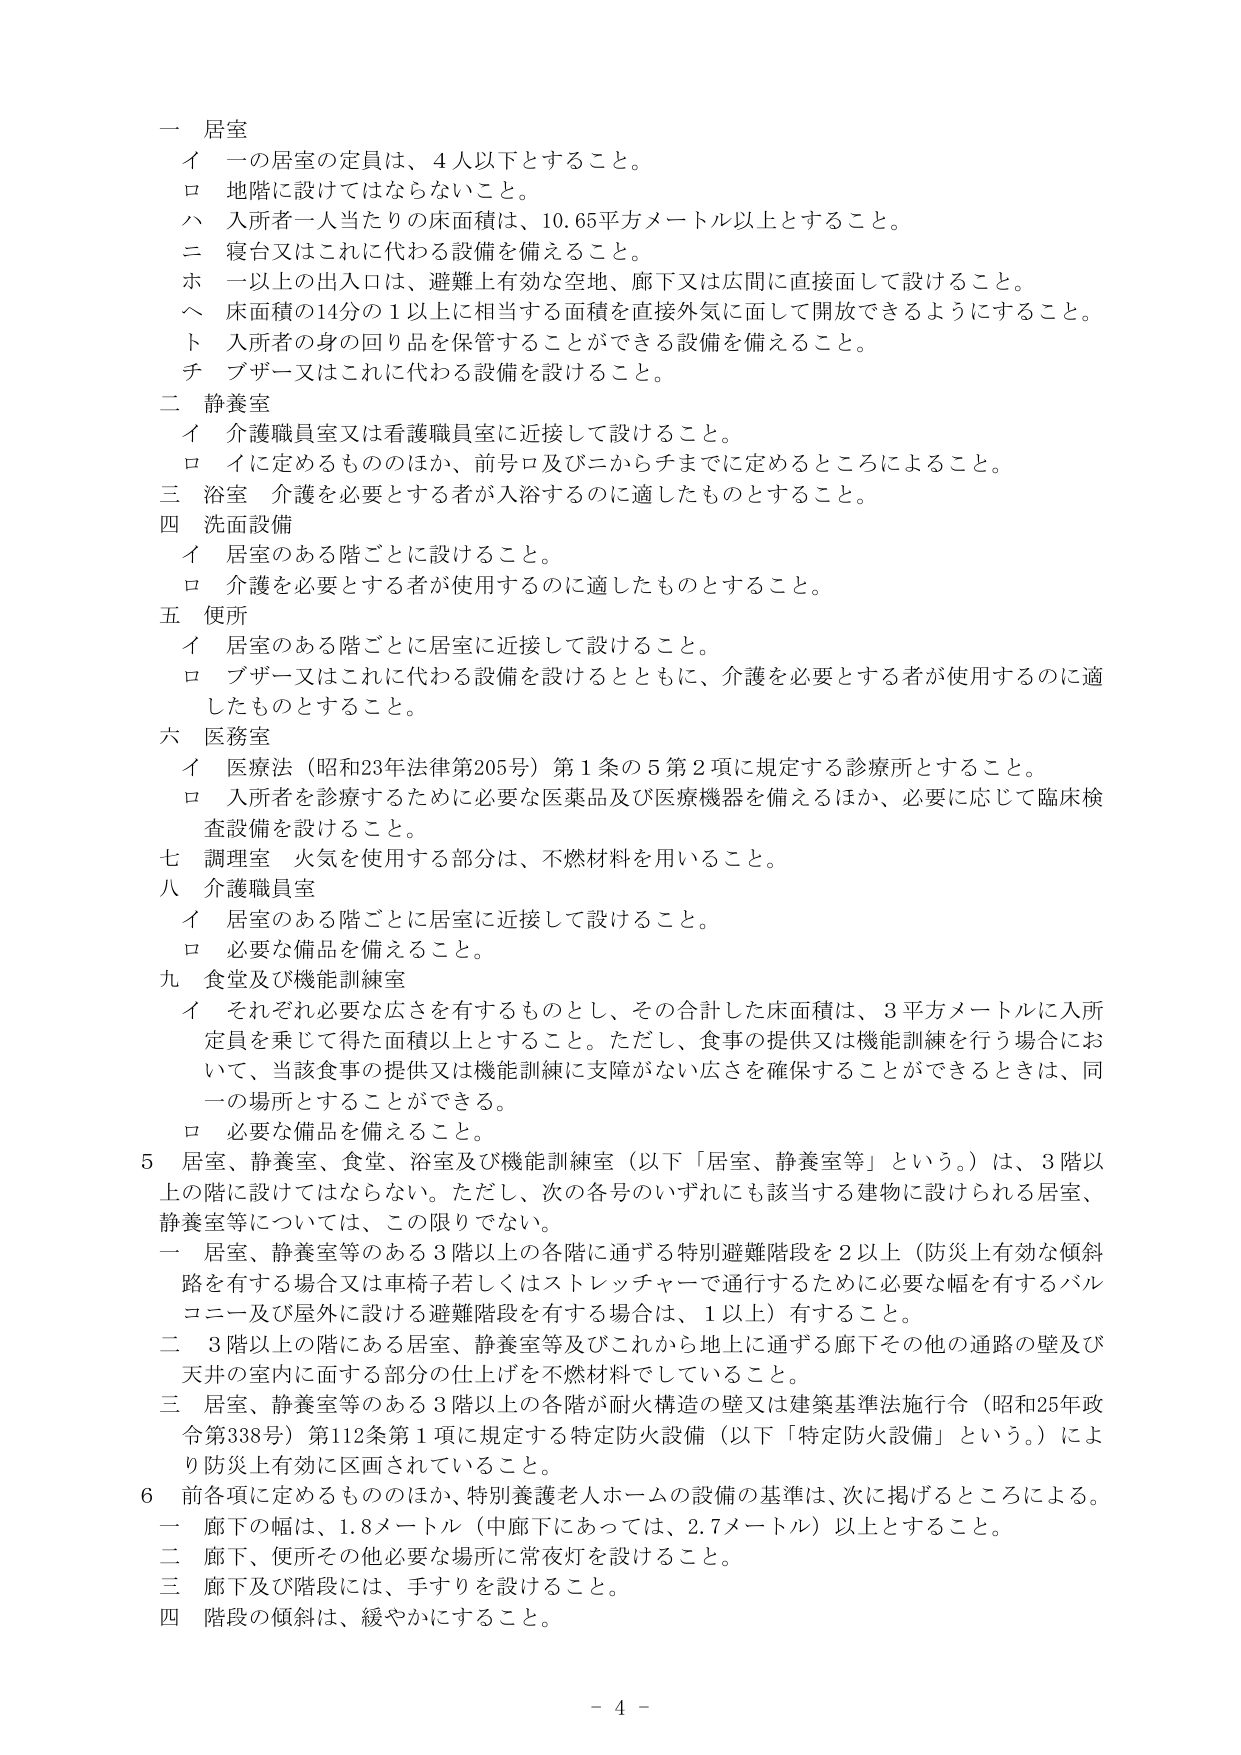
一 居室
イ 一の居室の定員は、4人以下とすること。
ロ 地階に設けてはならないこと。
ハ 入所者一人当たりの床面積は、10.65平方メートル以上とすること。
ニ 寝台又はこれに代わる設備を備えること。
ホ 一以上の出入口は、避難上有効な空地、廊下又は広間を直接面して設けること。
ヘ 床面積の14分の1以上に相当する面積を直接外気に面して開放できるようにすること。
ト 入所者の身の回り品を保管することができる設備を備えること。
チ ブザー又はこれに代わる設備を設けること。

二 静養室
イ 介護職員室又は看護職員室に近接して設けること。
ロ イに定めるもののほか、前号ロ及びニからチまでに定めるところによること。

三 浴室 介護を必要とする者が入浴するのに適したものとすること。

四 洗面設備
イ 居室のある階ごとに設けること。
ロ 介護を必要とする者が使用するのに適したものとすること。

五 便所
イ 居室のある階ごとに居室に近接して設けること。
ロ ブザー又はこれに代わる設備を設けるとともに、介護を必要とする者が使用するのに適したものとすること。

六 医務室
イ 医療法（昭和23年法律第205号）第1条の5第2項に規定する診療所とすること。
ロ 入所者を診療するために必要な医薬品及び医療機器を備えるほか、必要に応じて臨床検査設備を設けること。

七 調理室 火気を使用する部分は、不燃材料を用いること。

八 介護職員室
イ 居室のある階ごとに居室に近接して設けること。
ロ 必要な備品を備えること。

九 食堂及び機能訓練室
イ それぞれ必要な広さを有するものとし、その合計した床面積は、3平方メートルに入所定員を乗じて得た面積以上とすること。ただし、食事の提供又は機能訓練を行う場合において、当該食事の提供又は機能訓練に支障がない広さを確保することができるときは、同一の場所とすることができる。
ロ 必要な備品を備えること。

5 居室、静養室、食堂、浴室及び機能訓練室（以下「居室、静養室等」という。）は、3階以上の階に設けてはならない。ただし、次の各号のいずれにも該当する建物に設けられる居室、静養室等については、この限りでない。
一 居室、静養室等のある3階以上の各階に通ずる特別避難階段を2以上（防災上有効な傾斜路を有する場合又は車椅子若しくはストレッチャーで通行するために必要な幅を有するバルコニー及び屋外に設ける避難階段を有する場合は、1以上）有すること。
二 3階以上の階にある居室、静養室等及びこれから地上に通ずる廊下その他の通路の壁及び天井の室内に面する部分の仕上げを不燃材料でしていること。
三 居室、静養室等のある3階以上の各階が耐火構造の壁又は建築基準法施行令（昭和25年政令第338号）第112条第1項に規定する特定防火設備（以下「特定防火設備」という。）により防災上有効に区画されていること。

6 前各項に定めるもののほか、特別養護老人ホームの設備の基準は、次に掲げるところによる。
一 廊下の幅は、1.8メートル（中廊下にあっては、2.7メートル）以上とすること。
二 廊下、便所その他必要な場所に常夜灯を設けること。
三 廊下及び階段には、手すりを設けること。
四 階段の傾斜は、緩やかにすること。

- 4 -